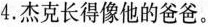
4. 杰克长得像他的爸爸。